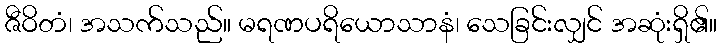
ဇီဝိတံ၊ အသက်သည်။ မရဏပရိယောသာနံ၊ သေခြင်းလျှင် အဆုံးရှိ၏။